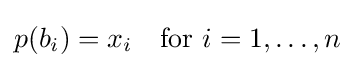
p(b_{i})=x_{i}\quad {\text{for }}i=1,\ldots ,n